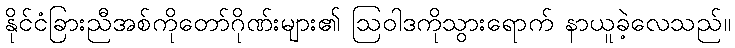
နိုင်ငံခြားညီအစ်ကိုတော်ဂိုဏ်းများ၏ ဩဝါဒကိုသွားရောက် နာယူခဲ့လေသည်။